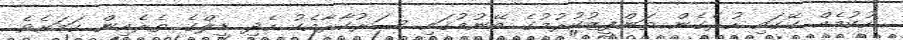
ހުކުމެއް ގޭގައި ހުރެގެން ތަންފީޒުކުރުމުގެ ބޭނުމުގައި ސަރުކާރާއެކު ހެދި ޑީލްގެ ތެރެއިން ކަމަށެެވެ.